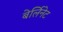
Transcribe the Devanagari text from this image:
बेर्लिनेट